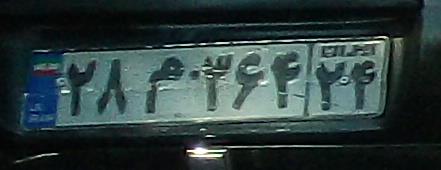
۲۸م۳۶۴۲۴